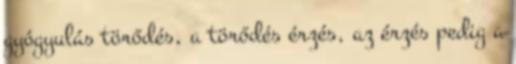
gyógyulás törődés, a törődés érzés, az érzés pedig a